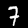
Digit: 7